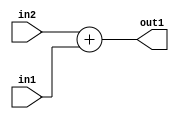
`timescale 1ps / 1ps
/*****************************************************************************
    Verilog RTL Description
    
    
    Created by: Stratus DpOpt 2019.1.01 
*******************************************************************************/

module pw_weight_addr_gen_Add_32Ux16U_32U_4 (
	in2,
	in1,
	out1
	); /* architecture "behavioural" */ 
input [31:0] in2;
input [15:0] in1;
output [31:0] out1;
wire [31:0] asc001;

assign asc001 = 
	+(in2)
	+(in1);

assign out1 = asc001;
endmodule

/* CADENCE  ubP2Sgs= : u9/ySgnWtBlWxVPRXgAZ4Og= ** DO NOT EDIT THIS LINE ******/